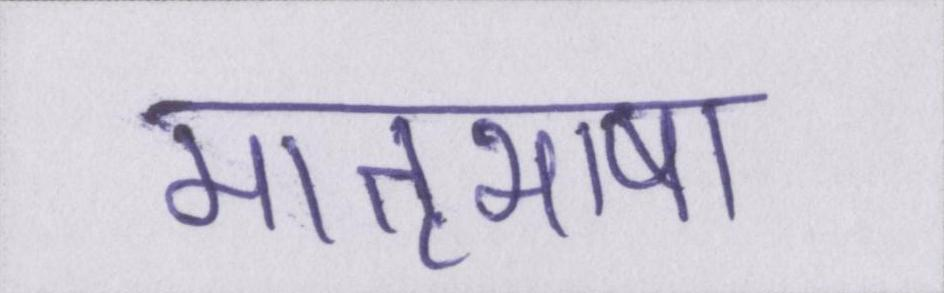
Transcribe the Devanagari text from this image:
मातृभाषा